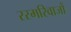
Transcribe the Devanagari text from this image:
रस्मरिवाजों